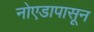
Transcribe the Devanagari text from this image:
नोएडापासून